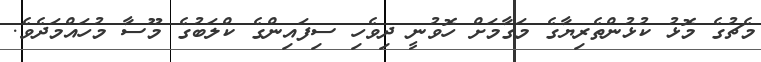
މެޗުގެ މޮޅު ކުޅުންތެރިޔާގެ މަގާމަށް ހޮވުނީ ދިވެހި ސިފައިންގެ ކްލަބުގެ މޫސާ މުހައްމަދެވެ.